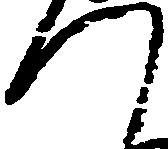
つ